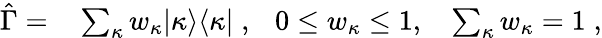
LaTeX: \begin{array}{rl}{\hat{\Gamma}=}&{{}\sum_{\kappa}w_{\kappa}|\kappa\rangle\langle\kappa|\; ,~~~0\leq w_{\kappa}\leq 1,~~~\sum_{\kappa}w_{\kappa}=1\; ,}\end{array}